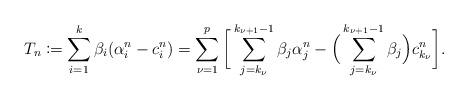
LaTeX: \begin{align*} T_n \coloneqq \sum_{i=1}^k \beta_i (\alpha_i^n - c_i^n) = \sum_{\nu=1}^p \bigg[ \sum_{j=k_\nu}^{k_{\nu+1}-1} \beta_j \alpha_j^n - \Big( \sum_{j=k_\nu}^{k_{\nu+1}-1} \beta_j \Big) c_{k_\nu}^n \bigg]. \end{align*}